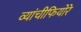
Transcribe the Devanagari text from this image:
व्यांचीफियोरे